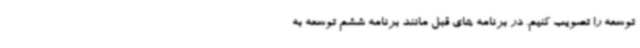
توسعه را تصویب کنیم. در برنامه های قبل مانند برنامه ششم توسعه به